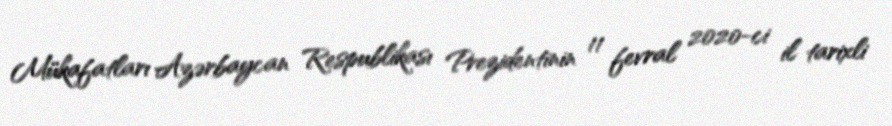
Mükafatları Azərbaycan Respublikası Prezidentinin 11 fevral 2020-ci il tarixli